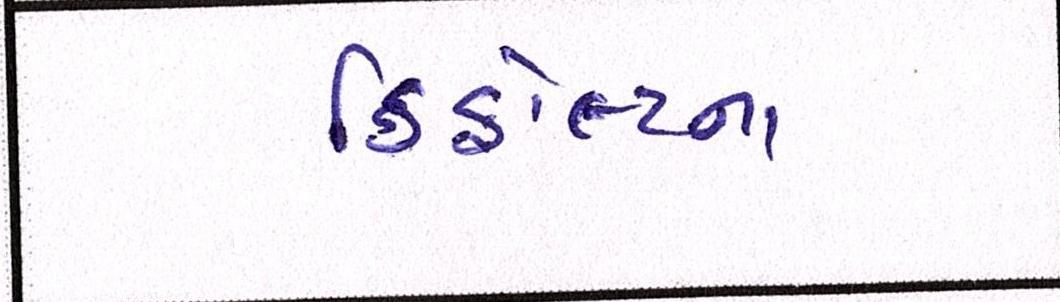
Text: ડિફોલ્ટના